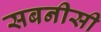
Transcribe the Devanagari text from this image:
सबनीसी